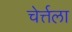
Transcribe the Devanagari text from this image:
चेर्त्तला